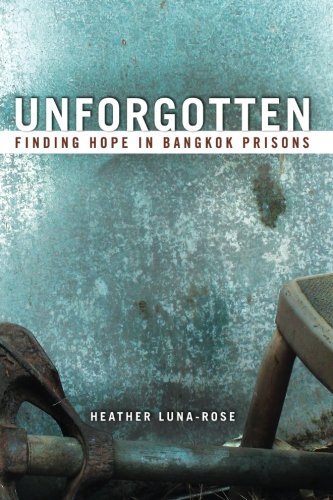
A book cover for Unforgotten: Finding Hope In Bangkok Prisons; Heather Luna-Rose; Biographies & Memoirs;